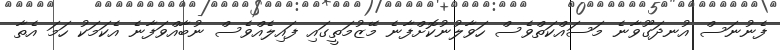
ފެނުނަސް އުނދަގޫވާނެ މަސައްކަތްވެސް ހަވާލުނުކޮށްފާނެ މޭޒުމަތީގައި ފައިލެއްވެސް ނުބާއްވަފާނެ އެކަމަކު ހަމަ އެތާ